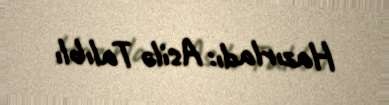
Hazırladı: Asilə Talıblı